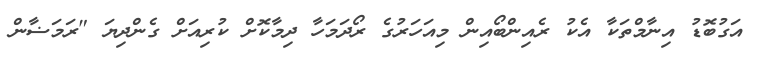
އަގުބޮޑު އިނާމްތަކާ އެކު ރެއިންބޯއިން މިއަހަރުގެ ރޯދަމަހާ ދިމާކޮށް ކުރިއަށް ގެންދިޔަ "ރަމަޟާން